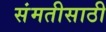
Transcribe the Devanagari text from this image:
संमतीसाठी